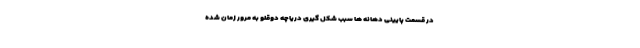
در قسمت پایینی دهانه ها سبب شکل گیری دریاچه دوقلو به مرور زمان شده